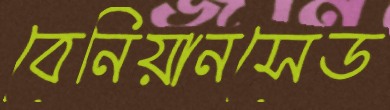
বেনিয়ানসেড